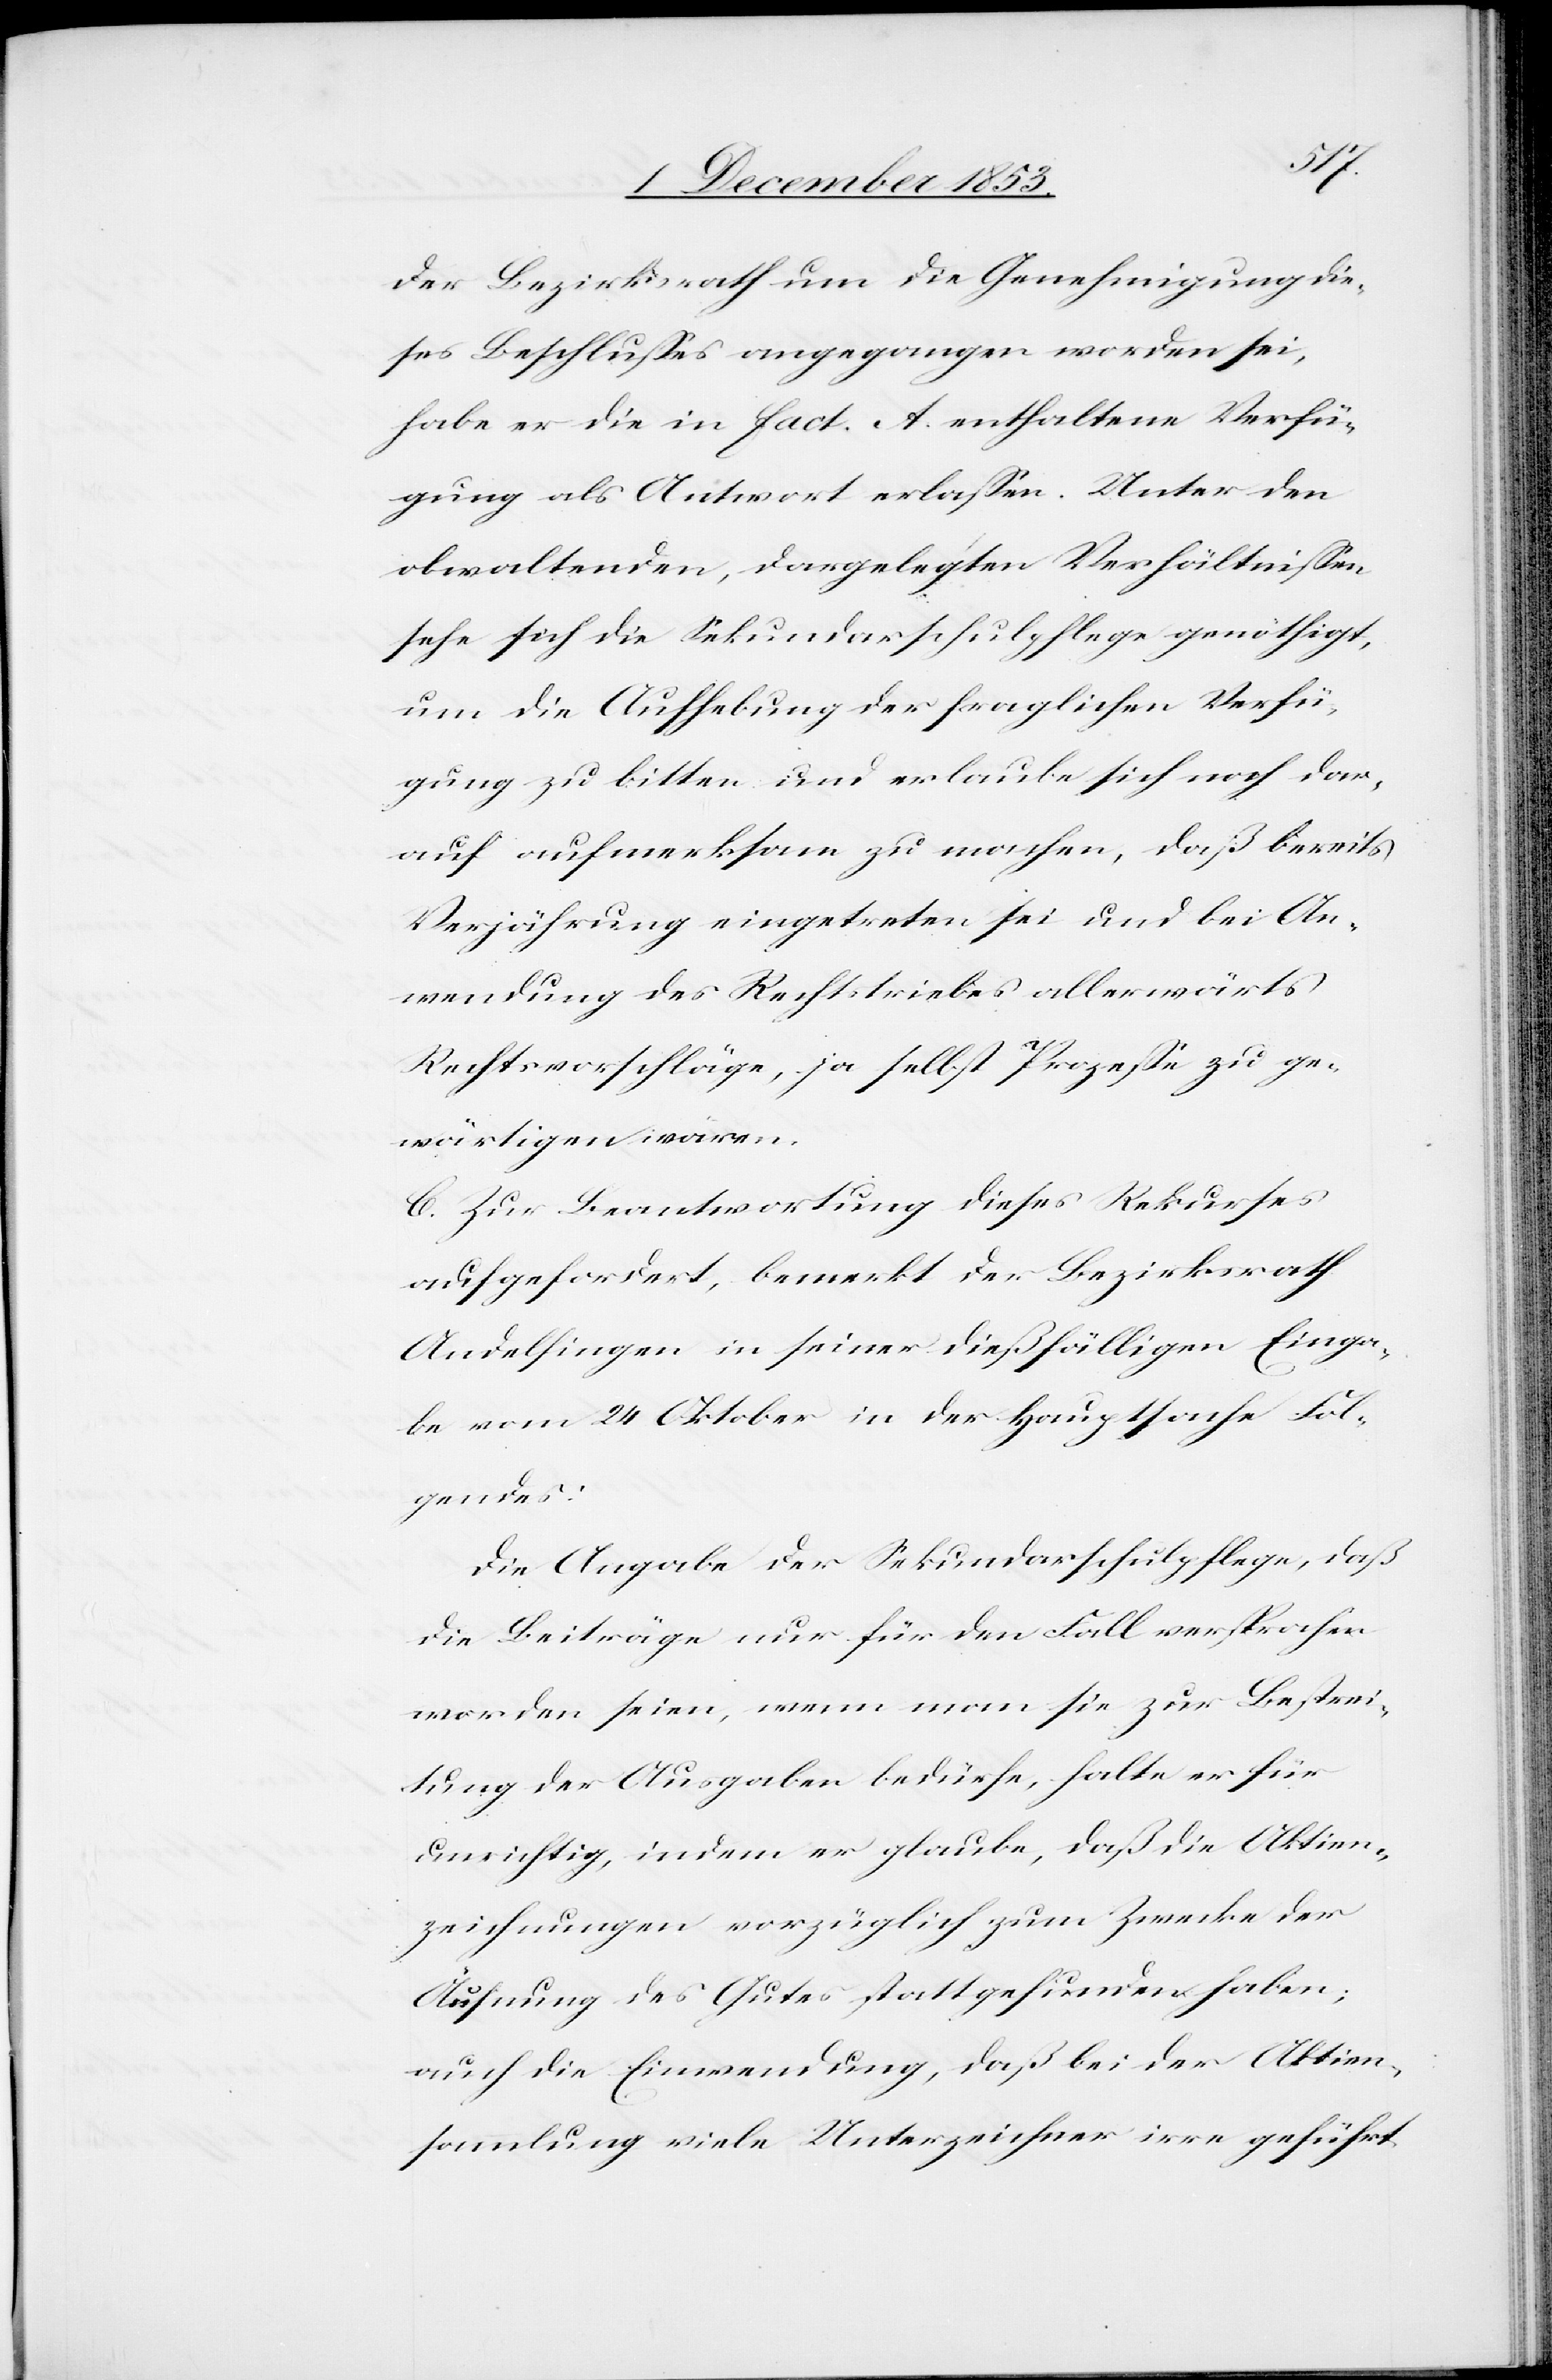
der Bezirksrath um die Genehmigung die¬
ses Beschlußes angegangen worden sei,
habe er die in fact. A enthaltene Verfü¬
gung als Antwort erlaßen. Unter den
obwaltenden, dargelegten Verhältnißen
sehe sich die Sekundarschulpflege genöthigt,
um die Aufhebung der fraglichen Verfü¬
gung zu bitten und erlaube sich noch dar¬
auf aufmerksam zu machen, daß bereits
Verjährung eingetreten sei und bei An¬
wendung des Rechtstriebes allerwärts
Rechtsvorschläge, ja selbst Prozeße zu ge¬
wärtigen wären.
C. Zur Beantwortung dieses Rekurses
aufgefordert, bemerkt der Bezirksrath
Andelfingen in seiner dießfälligen Einga¬
be vom 24 Oktober in der Hauptsache Fol¬
gendes:
Die Angabe der Sekundarschulpflege, daß
die Beiträge nur für den Fall versprochen
worden seien, wenn man sie zur Bestrei¬
tung der Ausgaben bedürfe, halte er für
unrichtig, indem er glaube, daß die Aktien¬
zeichnungen vorzüglich zum Zwecke der
Äufnung des Gutes stattgefunden haben;
auch die Einwendung, daß bei der Aktiven¬
sammlung viele Unterzeichner irre geführt